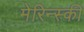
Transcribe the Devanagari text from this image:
मेरिन्स्की